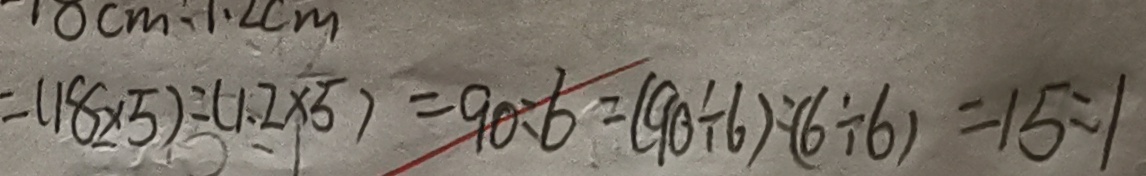
= ( 1 8 \times 5 ) o l o n ( 1 . 2 \times 5 ) = 9 0 o l o n 6 = ( 9 0 \div 6 ) o l o n ( 6 o l o n 6 ) = 1 5 o l o n 1